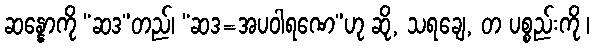
ဆန္နောကို “ဆဒ”တည်၊ “ဆဒ=အပဝါရဏေ”ဟု ဆို, သရချေ, တ ပစ္စည်းကို ၊